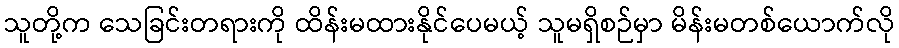
သူတို့က သေခြင်းတရားကို ထိန်းမထားနိုင်ပေမယ့် သူမရှိစဉ်မှာ မိန်းမတစ်ယောက်လို